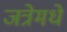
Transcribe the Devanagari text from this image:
जत्रेमधे